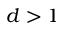
d > 1